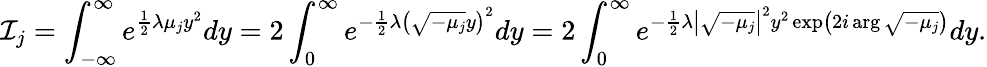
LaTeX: {\mathcal{I}}_{j}=\int_{-\infty}^{\infty}e^{{\frac{1}{2}}\lambda\mu_{j}y^{2}}dy=2\int_{0}^{\infty}e^{-{\frac{1}{2}}\lambda\left({\sqrt{-\mu_{j}}}y\right)^{2}}dy=2\int_{0}^{\infty}e^{-{\frac{1}{2}}\lambda\left|{\sqrt{-\mu_{j}}}\right|^{2}y^{2}\exp\left(2i\arg{\sqrt{-\mu_{j}}}\right)}dy.